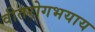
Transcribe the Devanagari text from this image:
वीतरोगभयाय